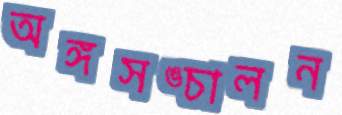
অঙ্গসঙ্চালন